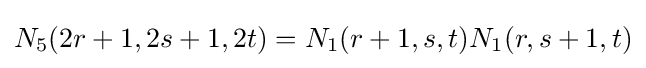
N_{5}(2r+1,2s+1,2t)=N_{1}(r+1,s,t)N_{1}(r,s+1,t)